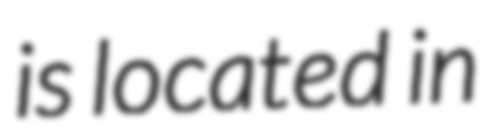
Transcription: is located in